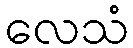
လေသံ